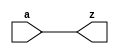
//#############################################################################
//# Function: Non-inverting Clock Buffer                                      #
//# Copyright: OH Project Authors. ALl rights Reserved.                       #
//# License:  MIT (see LICENSE file in OH repository)                         #
//#############################################################################

module asic_clkbuf #(parameter PROP = "DEFAULT")   (
    input  a,
    output z
    );

   assign z = a;

endmodule